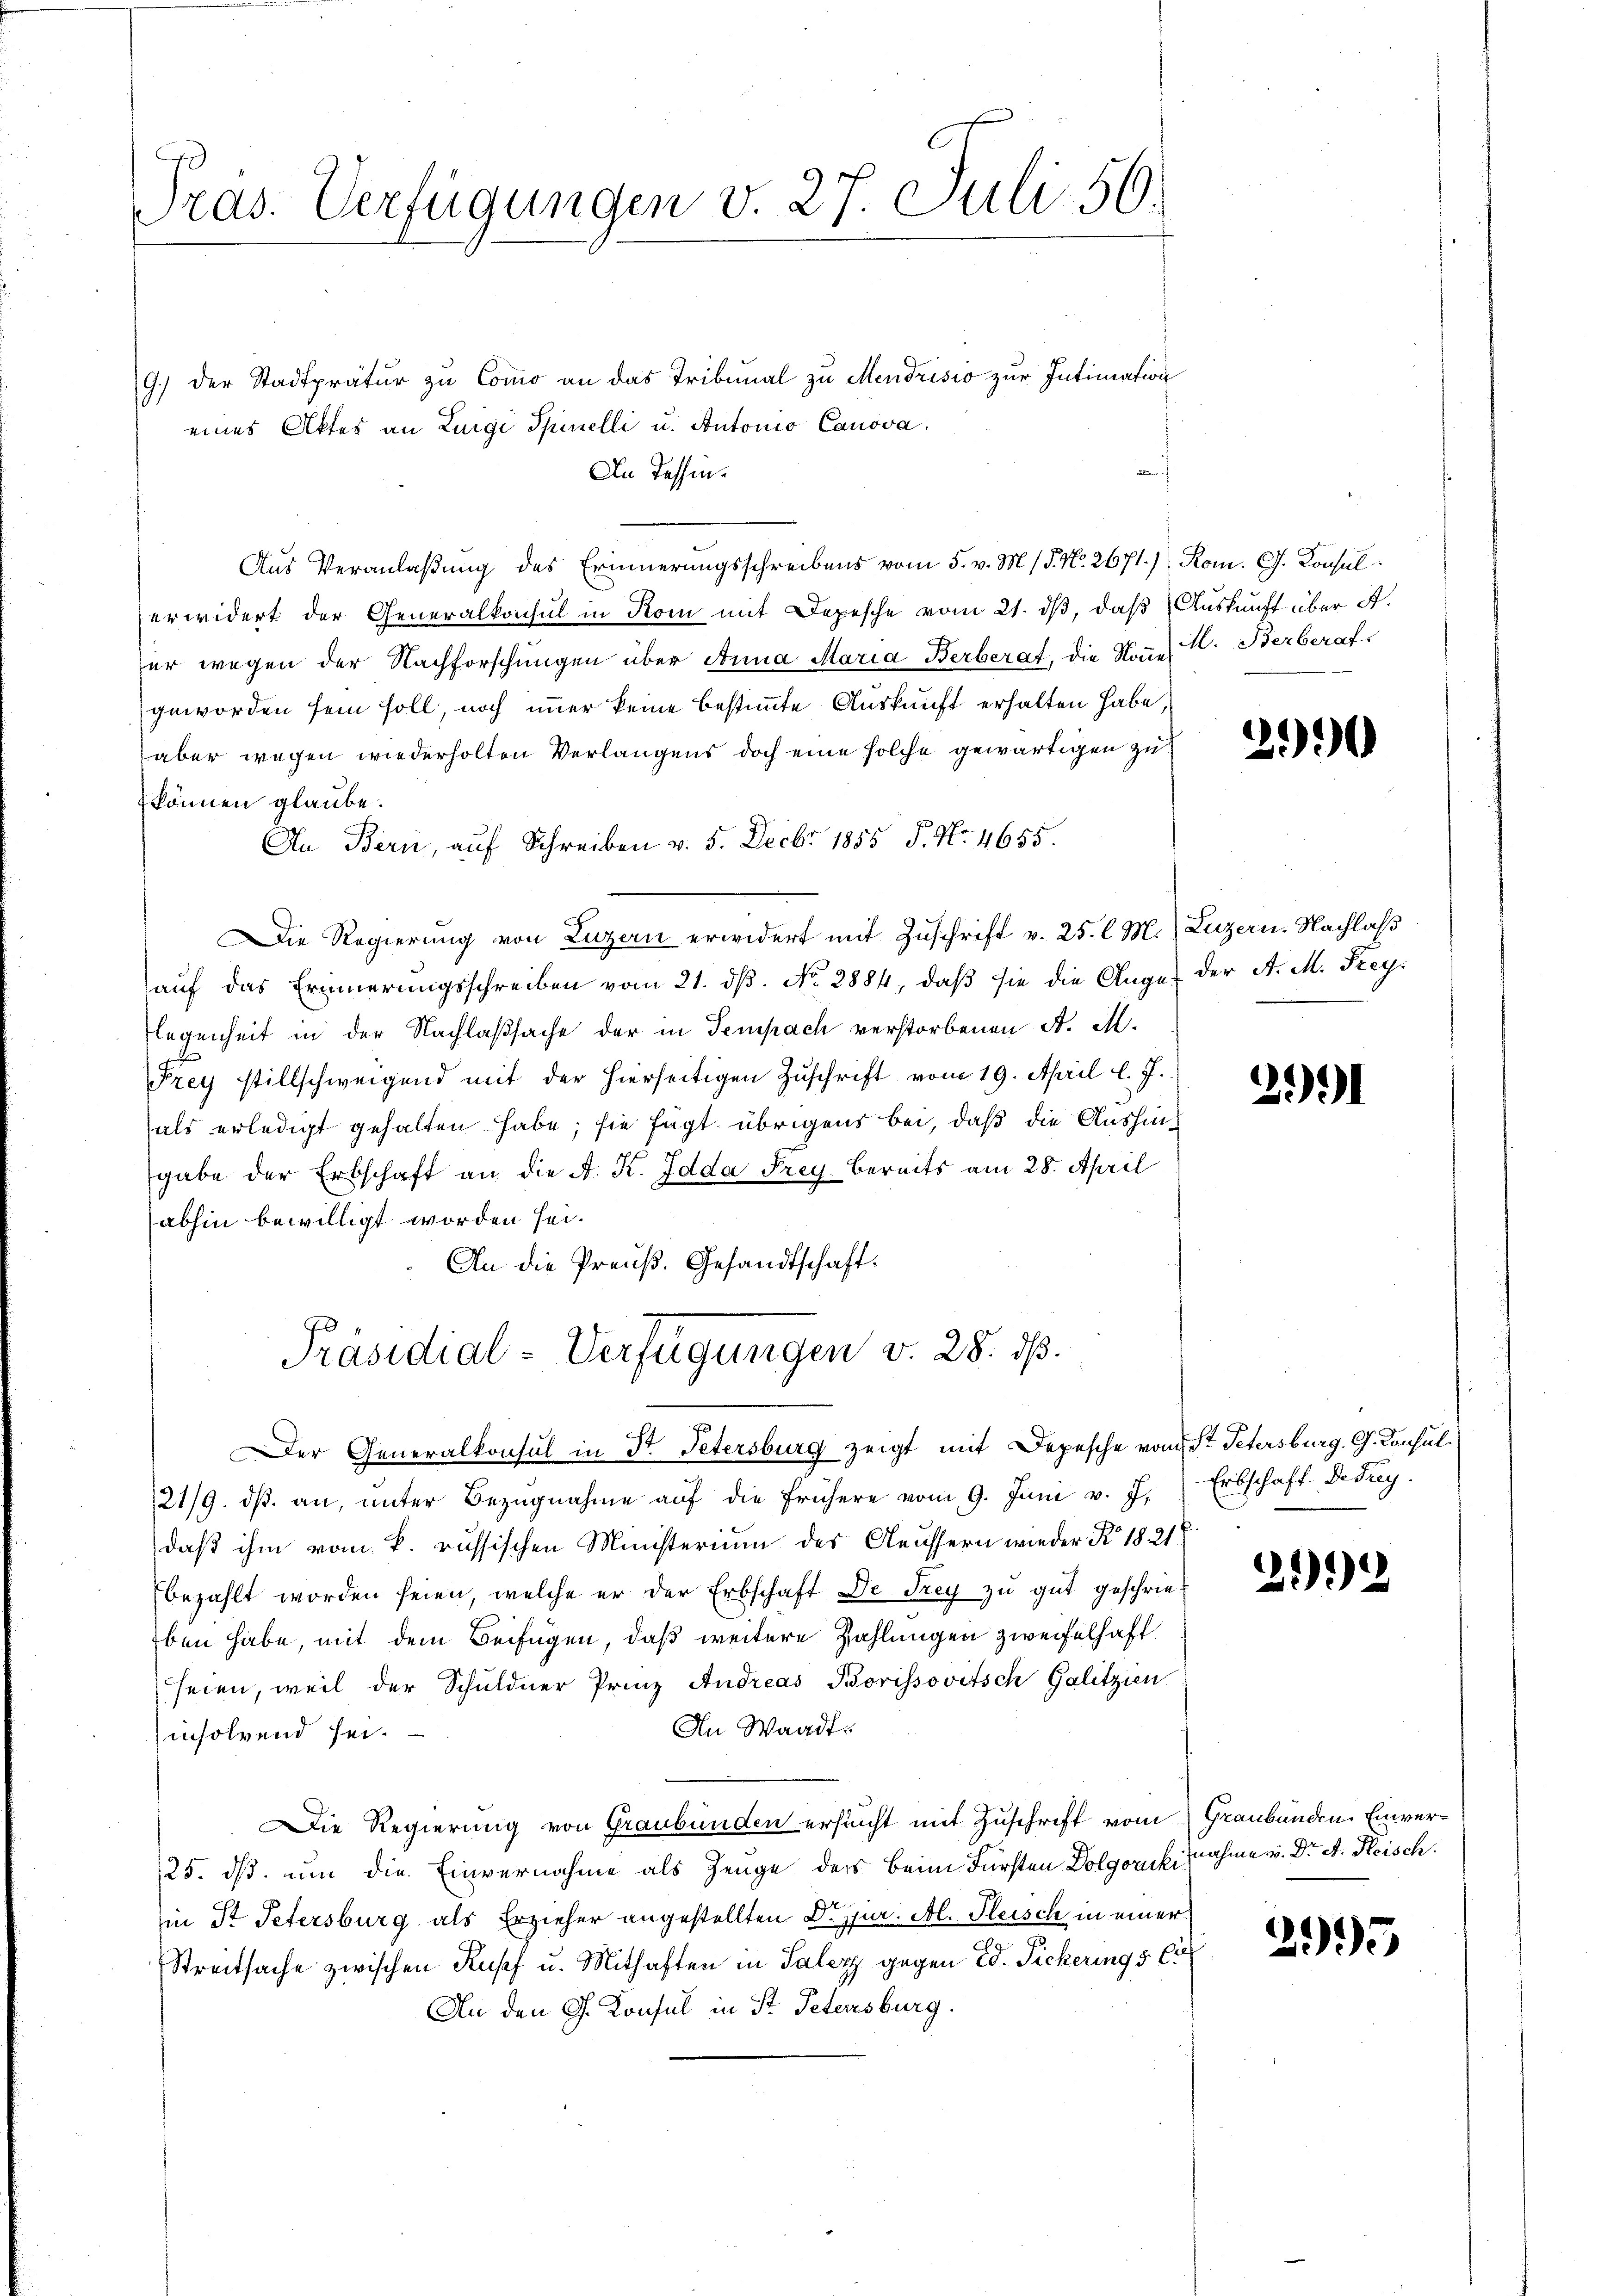
ras. Verfügungen v. 27. Juli 56.

9.) Der Stadtprätur zu Como an das Tribunal zu Mendrisio zur Intimation
eines Aktes an Luigi Spinelli u. Antonio Canova
An Tessin.
Aus Veranlaßung des Erinnerungsschreibens vom 5. v. M. / 5. No. 2671.) Rom. G. Konsul
erwidert der Generalkonsul in Rom mit Depesche vom 21. dβ, daß Auskunft über A.
er wegen der Nachforschungen über Anna Maria Berberat, die Noue. Berberaf
geworden sein soll, noch immer keine bestimmte Auskunft erhalten habe,
aber wegen wiederholten Verlangens doch eine solche gewärtigen zu
können glaube.
An Bern, auf Schreiben v. 5. Decbr 1855 S. Nr. 4655.
Die Regierung von Luzern erwidert mit Zuschrift v. 25. l. M. Luzern. Nachlaß
auf das Erinnerungsschreiben vom 21. dβ. No. 2884, daß sie die Ange der A. M. Freylegenheit in der Nachlaßsache der in Tempach verstorbenen A. M.
Frey stillschweigend mit der hierseitigen Zuschrift vom 19. April l. J.
als erledigt gehalten habe; sie fügt übrigens bei, daß die Aushingabe der Erbschaft an die A. K. Idda Frey bereits am 28. April
abhin bewilligt worden sei.
An die Preuß. Gesandtschaft.
Präsidial-Verfügungen v. 28. ds.
Der Generalkonsul in Dr. Petersburg zeigt mit Depesche vom St. Petersburg. G. Consul
21/9. dβ an, ŭnter Bezŭgnahme aŭf die frühere vom 9. Juni v. J.
daß ihm vom k. russischen Ministerium des Aeussern wieder No. 1821
bezahlt worden seien, welche er der Erbschaft Dr. Frey zu gut geschrieben habe, mit dem Beifügen, daß weitere Zahlungen zweifelhaft
seien, weil der Schuldner Prinz Andreas Borissovitsch Galizien
An Waadt.
insolvend sei.
Die Regierung von Graubünden ersucht mit Zuschrift vom Graubünden Einver¬
25. dß nun die Einvernahme als Zeuge des beim Fürsten Dolgork, nahme v. Dr A. Steisch.
in St. Petersburg als Erzieher angestellten Dr. jur. Al. Fleisch in einer
u
Streitsache zwischen Kopf u. Mithaften in Saler gegen Ed. Sicherung 5 Ci
An den G. Konsul in St. Petersburg.

20

291

Erbschaft Deduy.

212

2995